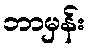
ဘာမှန်း